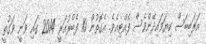
އަރަބިބަސް ކިޔަވައިދޭންވެސް ފެއްޓިއެވެ. އެގޮތުން 10 ފެބްރުއަރީ 2014 ގައި ވަނީ ވަގުތީ